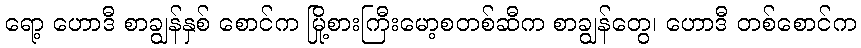
ရော့ ဟောဒီ စာချွန်နှစ် စောင်က မြို့စားကြီးမော့စတစ်ဆီက စာချွန်တွေ၊ ဟောဒီ တစ်စောင်က